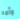
وأمه